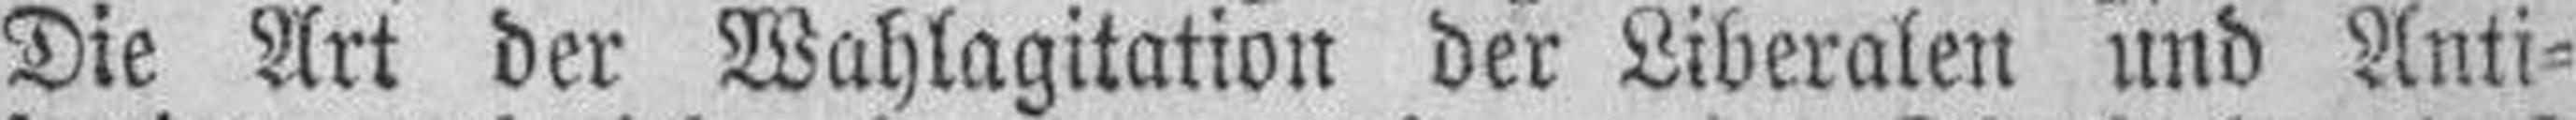
Die Art der Wahlagitation der Liberalen und Anti¬